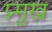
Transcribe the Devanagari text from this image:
प्र्मुख